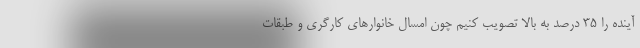
آینده را ۳۵ درصد به بالا تصویب کنیم چون امسال خانوارهای کارگری و طبقات